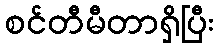
စင်တီမီတာရှိပြီး